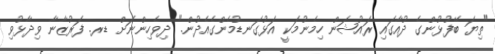
"ތިޔަ ބޭފުޅުންގެ ދުއާގައި ރައުޝަން ހިމެނުމަކީ އަޅުގަނޑުމެންގެއެދުން." ދިވެހިންނަށް ޑރ. ފަރުޒާނާ ވިދާޅުވި